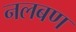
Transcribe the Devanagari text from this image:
नलबण